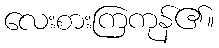
လေးစားကြကုန်၏။